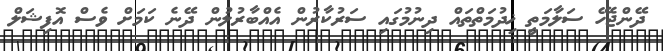
ދޭންޖެހޭ ސަލާމަތީ ޚިދުމަތްތައް ދިނުމުގައި ސަރުކާރުން އެއްބާރުލުން ދޭނެ ކަމަށް ވެސް އޮފިޝަލް